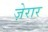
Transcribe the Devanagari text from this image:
ज़ेरार